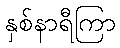
နှစ်နာရီကြာ